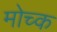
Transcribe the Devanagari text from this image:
मोच्क